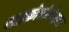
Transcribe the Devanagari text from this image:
माइक्रोजोनेशन